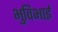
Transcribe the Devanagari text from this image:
भुविभाई